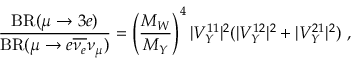
{ \frac { \mathrm { B R } ( \mu \to 3 e ) } { \mathrm { B R } ( \mu \to e \overline { { { \nu _ { e } } } } \nu _ { \mu } ) } } = \left( \frac { M _ { W } } { M _ { Y } } \right) ^ { 4 } | V _ { Y } ^ { 1 1 } | ^ { 2 } ( | V _ { Y } ^ { 1 2 } | ^ { 2 } + | V _ { Y } ^ { 2 1 } | ^ { 2 } ) \ ,